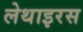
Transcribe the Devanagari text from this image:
लेथाइरस